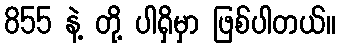
855 နဲ့ တို့ ပါရှိမှာ ဖြစ်ပါတယ်။